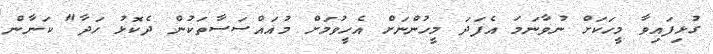
ގުޅިފައިވާ މީހަކަށް ނުވާނަމަ އެފަދަ މީހުންނަށް އެހީވުމަށް މުއައްސަސާތަކުން ދެކޮޅު ހަދާ" ކަނާން